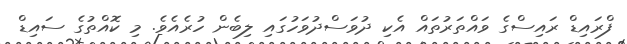
ފްރައިޑް ރައިސްގެ ވައްތަރުތައް އެކި ދުވަސްދުވަހުގައި ލިބެން ހުރެއެވެ. މި ކޮއްތުގެ ސައިޑް